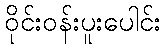
ဝိုင်းဝန်းပူးပေါင်း